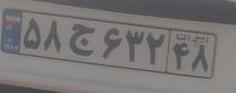
۵۸ج۶۳۲۴۸